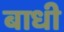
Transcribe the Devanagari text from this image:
बाधी